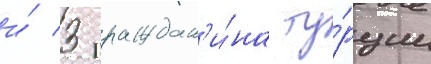
и́ 3 граждан'и́на ту́рции